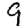
Digit: 9